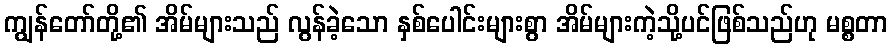
ကျွန်တော်တို့၏ အိမ်များသည် လွန်ခဲ့သော နှစ်ပေါင်းများစွာ အိမ်များကဲ့သို့ပင်ဖြစ်သည်ဟု မစ္စတာ